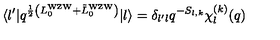
\langle l ^ { \prime } | q ^ { { \frac { 1 } { 2 } } \left( L _ { 0 } ^ { \mathrm { W Z W } } + { \tilde { L } } _ { 0 } ^ { \mathrm { W Z W } } \right) } | l \rangle = \delta _ { l ^ { \prime } l } q ^ { - S _ { l , k } } \chi _ { l } ^ { ( k ) } ( q )